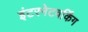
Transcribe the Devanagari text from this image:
इंटरनेटवर्किंग